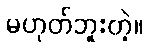
မဟုတ်ဘူးတဲ့။